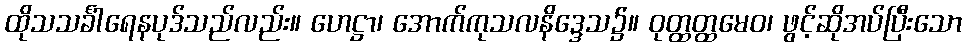
ထိုသသင်္ခါရေနပုဒ်သည်လည်း။ ဟေဋ္ဌာ၊ အောက်ကုသလနိဒ္ဒေသ၌။ ဝုတ္ထတ္ထမေဝ၊ ဖွင့်ဆိုအပ်ပြီးသော